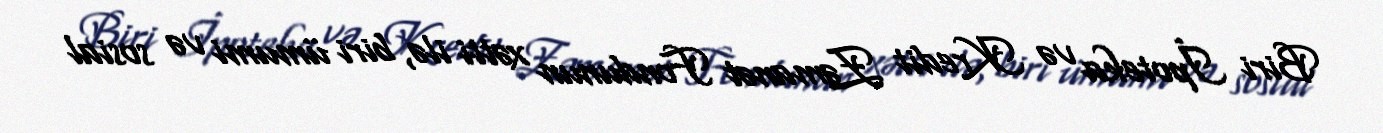
Biri İpoteka və Kredit Zəmanət Fondunun xətti ilə, biri ümumi və sosial